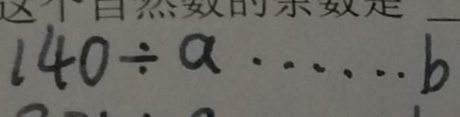
1 4 0 \div a \cdots b